Annual administration report of the Civil Veterinary Department of India - 1896-1897
Year: 1896
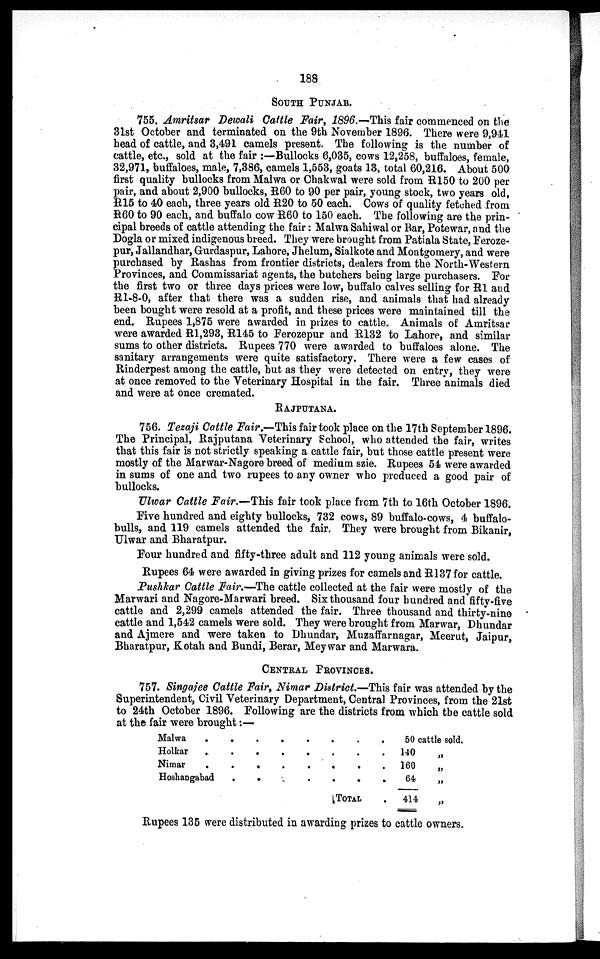
188
SOUTH PUNJAB.
755. Amritsar Dewali Cattle Fair, 1896.—This fair commenced on the
31st October and terminated on the 9th November 1896. There were 9,941
head of cattle, and 3,491 camels present. The following is the number of
cattle, etc., sold at the fair:—Bullocks 6,035, cows 12,258, buffaloes, female,
32,971, buffaloes, male, 7,386, camels 1,553, goats 13, total 60,216. About 500
first quality bullocks from Malwa or Chakwal were sold from R150 to 200 per
pair, and about 2,900 bullocks, R60 to 90 per pair, young stock, two years old,
R15 to 40 each, three years old R20 to 50 each. Cows of quality fetched from
R60 to 90 each, and buffalo cow R60 to 150 each. The following are the prin-
cipal breeds of cattle attending the fair: Malwa Sahiwal or Bar, Potewar, and the
Dogla or mixed indigenous breed. They were brought from Patiala State, Feroze-
pur, Jallandhar, Gurdaspur, Lahore, Jhelum, Sialkote and Montgomery, and were
purchased by Rashas from frontier districts, dealers from the North-Western
Provinces, and Commissariat agents, the butchers being large purchasers. For
the first two or three days prices were low, buffalo calves selling for R1 and
R1-8-0, after that there was a sudden rise, and animals that had already
been bought were resold at a profit, and these prices were maintained till the
end. Rupees 1,875 were awarded in prizes to cattle. Animals of Amritsar
were awarded R1,293, R145 to Ferozepur and R132 to Lahore, and similar
sums to other districts. Rupees 770 were awarded to buffaloes alone. The
sanitary arrangements were quite satisfactory. There were a few cases of
Rinderpest among the cattle, but as they were detected on entry, they were
at once removed to the Veterinary Hospital in the fair. Three animals died
and were at once cremated.
RAJPUTANA.
756. Tezaji Cattle Fair.—This fair took place on the 17th September 1896.
The Principal, Rajputana Veterinary School, who attended the fair, writes
that this fair is not strictly speaking a cattle fair, but those cattle present were
mostly of the Marwar-Nagore breed of medium szie. Rupees 54 were awarded
in sums of one and two rupees to any owner who produced a good pair of
bullocks.
Ulwar Cattle Fair.—This fair took place from 7th to 16th October 1896.
Five hundred and eighty bullocks, 732 cows, 89 buffalo-cows, 4 buffalo-
bulls, and 119 camels attended the fair. They were brought from Bikanir,
Ulwar and Bharatpur.
Four hundred and fifty-three adult and 112 young animals were sold.
Rupees 64 were awarded in giving prizes for camels and R137 for cattle.
Pushkar Cattle Fair.—The cattle collected at the fair were mostly of the
Marwari and Nagore-Marwari breed. Six thousand four hundred and fifty-five
cattle and 2,299 camels attended the fair. Three thousand and thirty-nine
cattle and 1,542 camels were sold. They were brought from Marwar, Dhundar
and Ajmere and were taken to Dhundar, Muzaffarnagar, Meerut, Jaipur,
Bharatpur, Kotah and Bundi, Berar, Meywar and Marwara.
CENTRAL PROVINCES.
757. Singajee Cattle Fair, Nimar District.—This fair was attended by the
Superintendent, Civil Veterinary Department, Central Provinces, from the 21st
to 24th October 1896. Following are the districts from which the cattle sold
at the fair were brought :—
Malwa . . . . . . . .
Holkar
.
.
.
.
.
.
.
.
Nimar
.
.
.
.
.
.
.
.
Hoshangabad
.
.
.
.
.
.
.
TOTAL .
50 cattle sold.
140 „
160 „
64
„
414
„
Rupees 135 were distributed in awarding prizes to cattle owners.